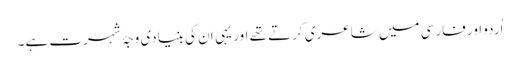
اُردو اور فارسی میں شاعری کرتے تھے اور یہی ان کی بنیادی وجۂ شہرت ہے۔